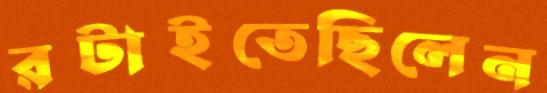
রটাইতেছিলেন